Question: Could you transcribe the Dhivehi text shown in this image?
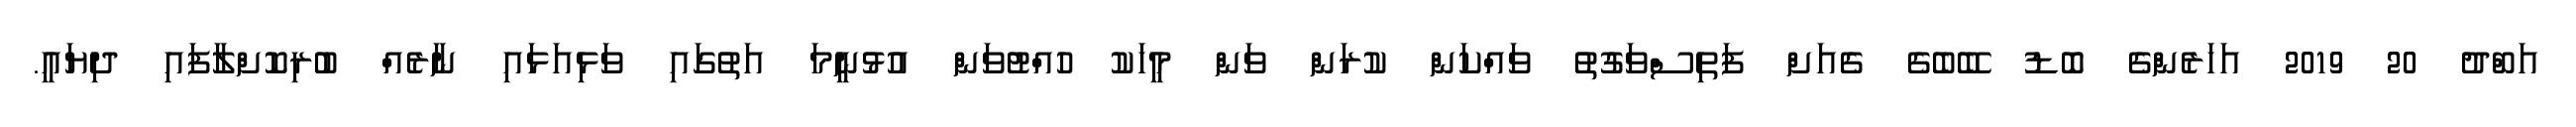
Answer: އަބްދު 20 2019 އަހަރެންގެ ބޮޑު ބޭބެގެ ގެއަށް ފަތިސްވަގުތު ވައްކަން ކުރަން ވަން މީހަކު ހުއްޓުވަން އުޅުނީމަ އަތުގައި ވަޅިއަޅައި ނާރެއް ބުރިކޮށްލާފައި ދިޔައީ.